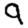
Digit: 9